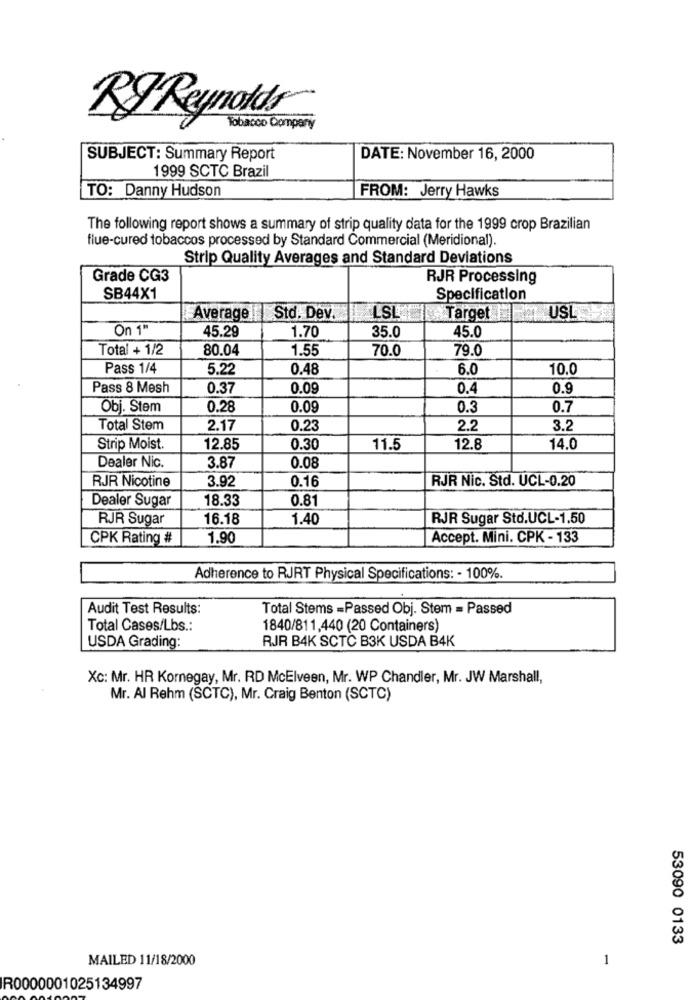
Ry Reynolds
Tobacco Company
SUBJECT: Summary Report
DATE: November 16, 2000
1999 SCTC Brazil
TO: Danny Hudson
FROM: Jerry Hawks
The following report shows a summary of strip quality data for the 1999 crop Brazilian
flue-cured tobaccos processed by Standard Commercial (Meridional).
Strip Quality Averages and Standard Deviations
Grade CG3
RJR Processing
SB44X1
Specification
LSLY
Average || Std. Dev.
Target / | USL
On 1"
1.70
35.0
45.29
45.0
Total + 1/2
80.04
1.55
70.0
79.0
Pass 1/4
5.22
0.48
6.0
10.0
Pass 8 Mesh
0.37
0.09
0.4
0.9
Obj. Stem
0.28
0.09
0.3
0.7
Total Stem
2.17
0.23
2.2
3.2
Strip Moist.
12.85
0.30
11.5
12.8
14.0
Dealer Nic.
3.87
0.08
RJR Nicotine
3.92
RJR Nic. Std. UCL-0.20
0.16
Dealer Sugar
18.33
0.81
RJR Sugar
16.18
1.40
RJR Sugar Std.UCL-1.50
CPK Rating #
1.90
Accept. Mini. CPK - 133
Adherence to RJRT Physical Specifications: - 100%.
Audit Test Results:
Total Stems =Passed Obj. Stem = Passed
Total Cases/Lbs .:
1840/811,440 (20 Containers)
RJR B4K SCTC B3K USDA B4K
USDA Grading:
Xc: Mr. HR Kornegay, Mr. RD McElveen, Mr. WP Chandler, Mr. JW Marshall,
Mr. Al Rehm (SCTC), Mr. Craig Benton (SCTC)
53090 0133
MAILED 11/18/2000
1
IR0000001025134997